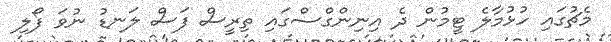
މެޗުގައި ހުޅުމާލެ ޓީމުން ދެ އިނިންގްސްގައި ތިރީސް ފަސް ލަނޑު ނުވަ ފޯލި